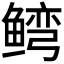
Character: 𬶥